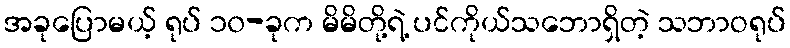
အခုပြောမယ့် ရုပ် ၁၀-ခုက မိမိတို့ရဲ့ ပင်ကိုယ်သဘောရှိတဲ့ သဘာဝရုပ်